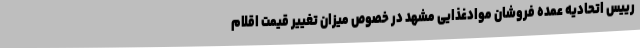
رییس اتحادیه عمده فروشان موادغذایی مشهد در خصوص میزان تغییر قیمت اقلام